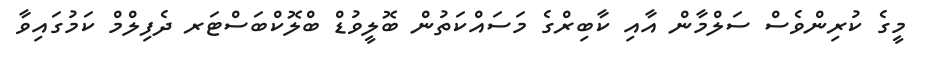
މީގެ ކުރިންވެސް ސަލްމާން އާއި ކާބިރްގެ މަސައްކަތުން ބޮލީވުޑް ބްލޮކްބަސްޓަރ ދެފިލްމް ކަމުގައިވާ